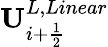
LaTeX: \mathbf{U}_{i+\frac{1}{2}}^{L,Linear}